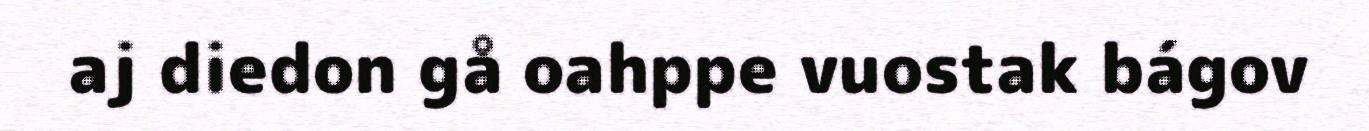
aj diedon gå oahppe vuostak bágov